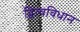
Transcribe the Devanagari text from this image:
द्वित्वविधान